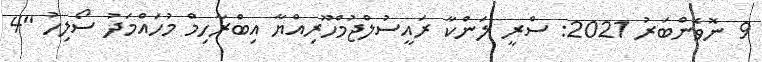
9 ނޮވެންބަރު 2021: ސްރީ ލަންކާ ރައީސުލްޖުމްހޫރިއްޔާ އިބްރާހިމް މުހައްމަދު ސޯލިހު "4